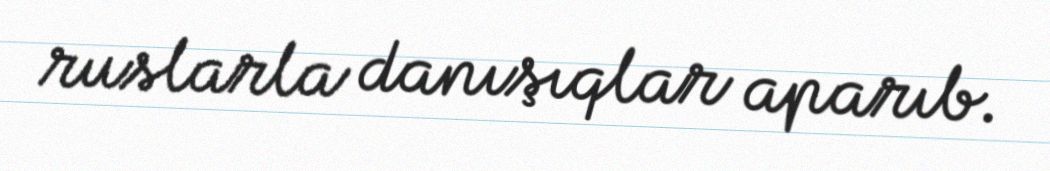
ruslarla danışıqlar aparıb.